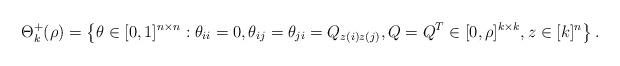
LaTeX: \begin{align*}\Theta_k^+(\rho)=\left\{\theta\in[0,1]^{n\times n}: \theta_{ii}=0, \theta_{ij}=\theta_{ji}=Q_{z(i)z(j)}, Q=Q^T\in[0,\rho]^{k\times k},z\in[k]^n\right\}.\end{align*}